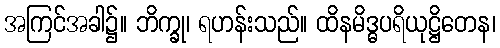
အကြင်အခါ၌။ ဘိက္ခု၊ ရဟန်းသည်။ ထိနမိဒ္ဓပရိယုဋ္ဌိတေန၊